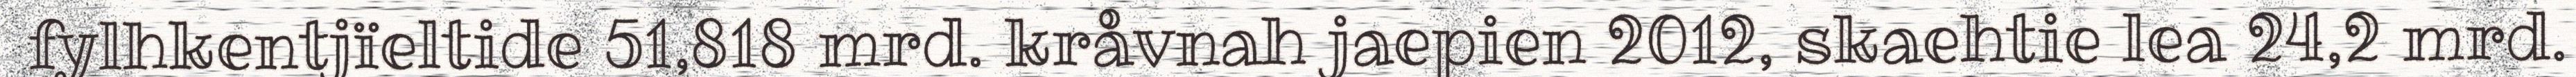
fylhkentjïeltide 51,818 mrd. kråvnah jaepien 2012, skaehtie lea 24,2 mrd.